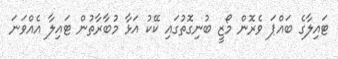
ޓައިލާގެ ބައްޕަ ވެރޮން މޯޒީ ބުނިގޮތުގައި ކޭކު އަޅާ މުބާރާތުން ޓައިލާ އެއްވަނަ